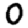
Digit: 0